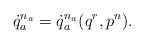
LaTeX: \begin{align*}\dot{q}_a^{n_a}=\dot{q}_a^{n_a}(q^r,p^n).\end{align*}